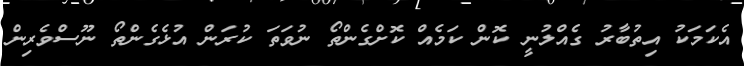
އެކަމަކު އިތުބާރު ގެއްލުނީ ކޮން ކަމެއް ކޮށްގެންތޯ ނުވަތަ ކުރަން އުޅެގެންތޯ ނޫސްވެރިން